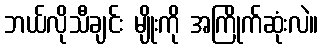
ဘယ်လိုသီချင်း မျိုးကို အကြိုက်ဆုံးလဲ။